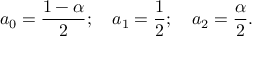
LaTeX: a _ { 0 } = { \frac { 1 - \alpha } { 2 } } ; \quad a _ { 1 } = { \frac { 1 } { 2 } } ; \quad a _ { 2 } = { \frac { \alpha } { 2 } } .